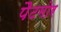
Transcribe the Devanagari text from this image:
पैटमोर